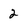
Character: 2